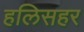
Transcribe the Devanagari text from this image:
हलिसहर